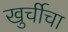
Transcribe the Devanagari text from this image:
खुर्चीचा